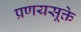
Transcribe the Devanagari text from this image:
प्रणयसूक्ते